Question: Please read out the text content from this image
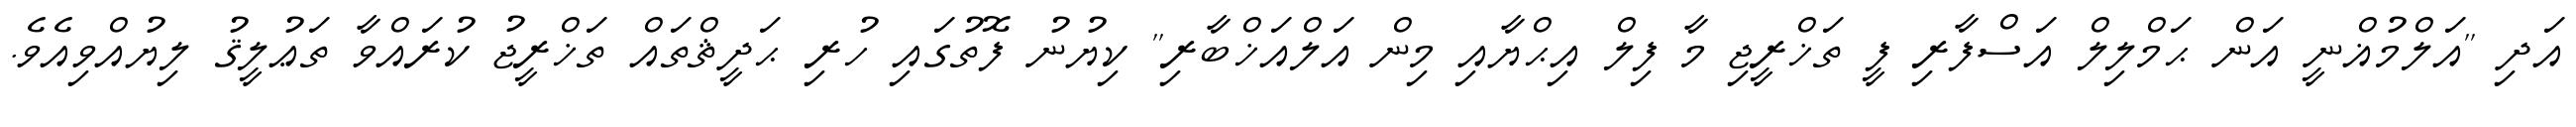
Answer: އަދި ''އަލްމުޣްނީ އަން ޙަމްލިލް އަސްފާރި ފީ ތަޚްރީޖި މާ ފިލް އިޙްޔާއި މިން އަލްއަޚްބާރި'' ކިޔުނު ފޮތުގައި ހުރި ޙަދީޘްތައް ތަޚްރީޖު ކުރައްވާ ތަޢުލީޤު ލިޔުއްވިއެވެ.